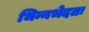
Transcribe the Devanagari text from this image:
भिन्नभेदतः